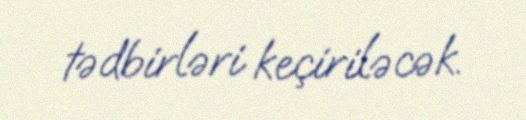
tədbirləri keçiriləcək.